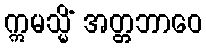
ဣမသ္မိံ အတ္တဘာဝေ